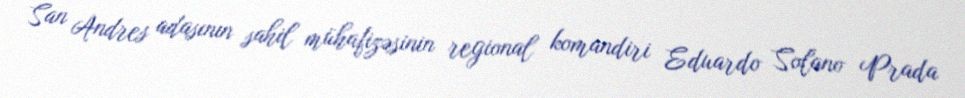
San Andres adasının sahil mühafizəsinin regional komandiri Eduardo Solano Prada